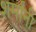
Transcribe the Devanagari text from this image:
शर्मांनी